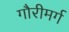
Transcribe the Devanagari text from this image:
गौरीमर्ग